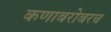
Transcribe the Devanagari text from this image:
कणाबरोबरच